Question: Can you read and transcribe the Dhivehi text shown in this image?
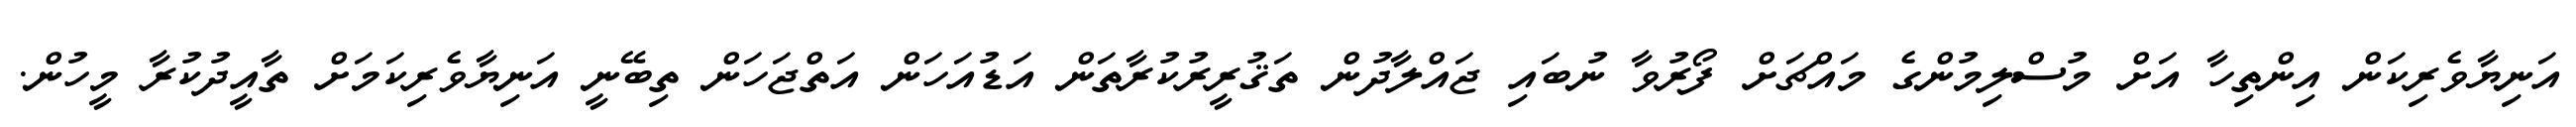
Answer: އަނިޔާވެރިކަން އިންތިހާ އަށް މުސްލިމުންގެ މައްޗަށް ފޯރުވާ ނުބައި ޖައްލާދުން ތަޤުރީރުކުރާތަން އަޑުއަހަން އަތްޖަހަން ތިބޭނީ އަނިޔާވެރިކަމަށް ތާއީދުކުރާ މީހުން.